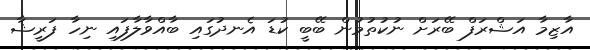
އާޒިމާ އަޝްރަފް ބޭރަށް ނުކުތުމުން ބޭބީ ކުޑަ އެނދުގައި ބާއްވާލާފައި ނިހާ ފަރީޝާ